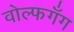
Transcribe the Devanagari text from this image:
वोल्फगँग